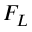
F _ { L }